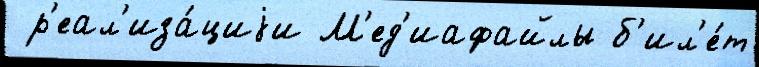
 р'еал'иза́циjи М'ед'иафайлы б'ил'е́т